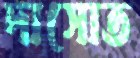
দাসোত